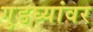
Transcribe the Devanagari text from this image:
गुडघ्यांवर